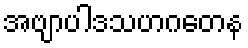
အဗျာပါဒသဟဂတေန